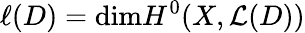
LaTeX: \ell(D)=\mathrm{dim}H^{0}(X,{\mathcal{L}}(D))